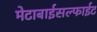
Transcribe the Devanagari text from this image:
मेटाबाईसल्फाईट